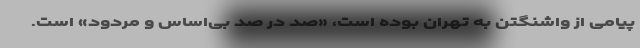
پیامی از واشنگتن به تهران بوده است، «صد در صد بی‌اساس و مردود» است.